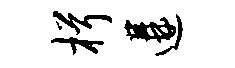
楫遘